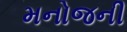
મનોજની